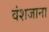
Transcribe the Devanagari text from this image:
वंशजाना